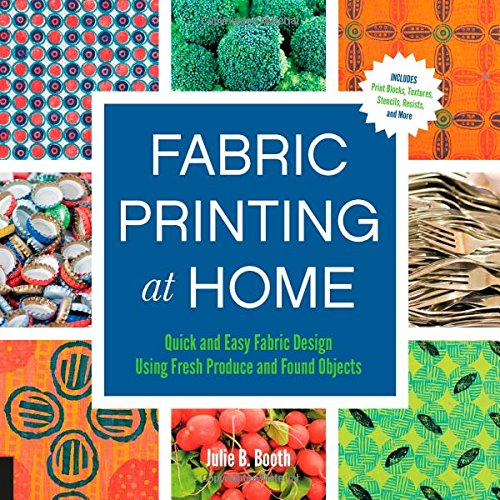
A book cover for Fabric Printing at Home: Quick and Easy Fabric Design Using Fresh Produce and Found Objects - Includes Print Blocks, Textures, Stencils, Resists, and More; Julie B. Booth; Crafts, Hobbies & Home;